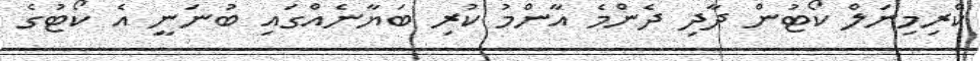
ކްރިމިނަލް ކޯޓުން ދާދި ދެންމެ އާންމު ކުރި ބަޔާނެއްގައި ބުނަނީ އެ ކޯޓުގެ